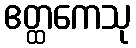
ဧတ္ထကေသု